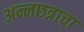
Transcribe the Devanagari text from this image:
अन्नछत्राचा